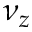
\nu _ { z }